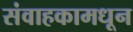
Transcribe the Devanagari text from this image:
संवाहकामधून